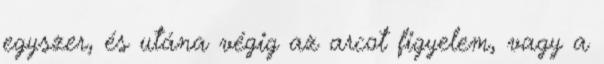
egyszer, és utána végig az arcot figyelem, vagy a